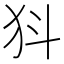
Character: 𭷾